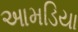
આમડિયા